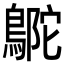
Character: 𪂊